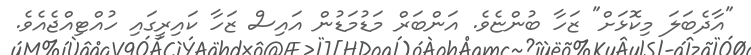
"އާދެބަލަ މިކޮޅަށް" ޒަހާ ބުންޏެވެ. އަންބަރް މަޑުމަޑުން އައިސް ޒަހާ ކައިރީގައި ހުއްޓިއްޖެއެވެ.